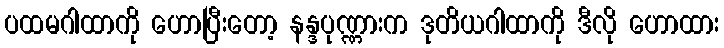
ပထမဂါထာကို ဟောပြီးတော့ နန္ဒပုဏ္ဏားက ဒုတိယဂါထာကို ဒီလို ဟောထား